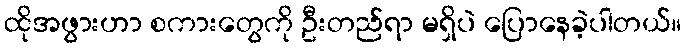
ထိုအဖွားဟာ စကားတွေကို ဦးတည်ရာ မရှိပဲ ပြောနေခဲ့ပါတယ်။